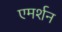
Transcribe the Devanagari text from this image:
एमर्शन